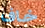
خاف